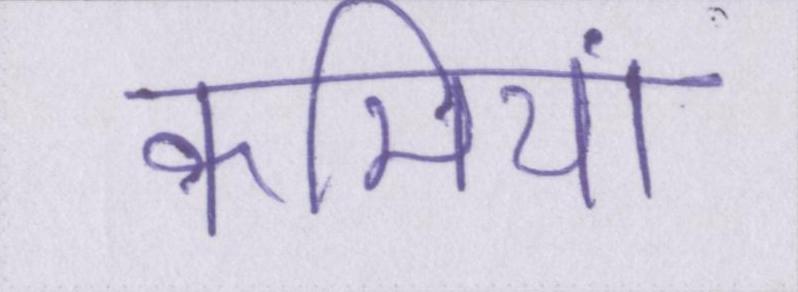
कमियां